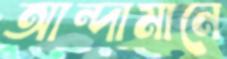
আন্দামানে